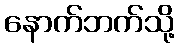
နောက်ဘက်သို့